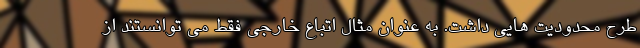
طرح محدودیت هایی داشت. به عنوان مثال اتباع خارجی فقط می توانستند از